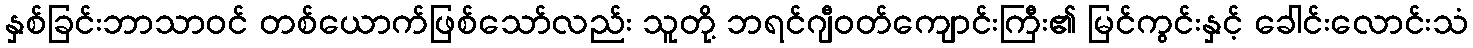
နှစ်ခြင်းဘာသာဝင် တစ်ယောက်ဖြစ်သော်လည်း သူတို့ ဘရင်ဂျီဝတ်ကျောင်းကြီး၏ မြင်ကွင်းနှင့် ခေါင်းလောင်းသံ